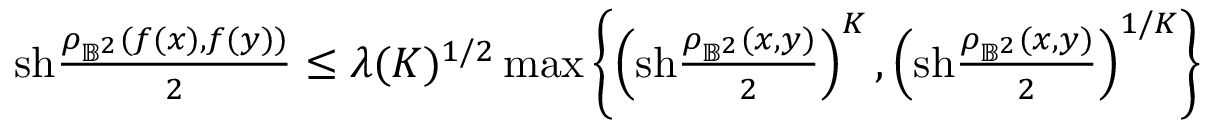
\begin{array} { r } { \mathrm { s h } \frac { \rho _ { \mathbb { B } ^ { 2 } } ( f ( x ) , f ( y ) ) } { 2 } \leq \lambda ( K ) ^ { 1 / 2 } \operatorname* { m a x } \left\{ \left( \mathrm { s h } \frac { \rho _ { \mathbb { B } ^ { 2 } } ( x , y ) } { 2 } \right) ^ { K } , \left( \mathrm { s h } \frac { \rho _ { \mathbb { B } ^ { 2 } } ( x , y ) } { 2 } \right) ^ { 1 / K } \right\} } \end{array}